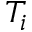
T _ { i }